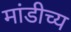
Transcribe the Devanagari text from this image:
मांडीच्य